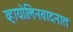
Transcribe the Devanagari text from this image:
व्हायोलिनवादनात